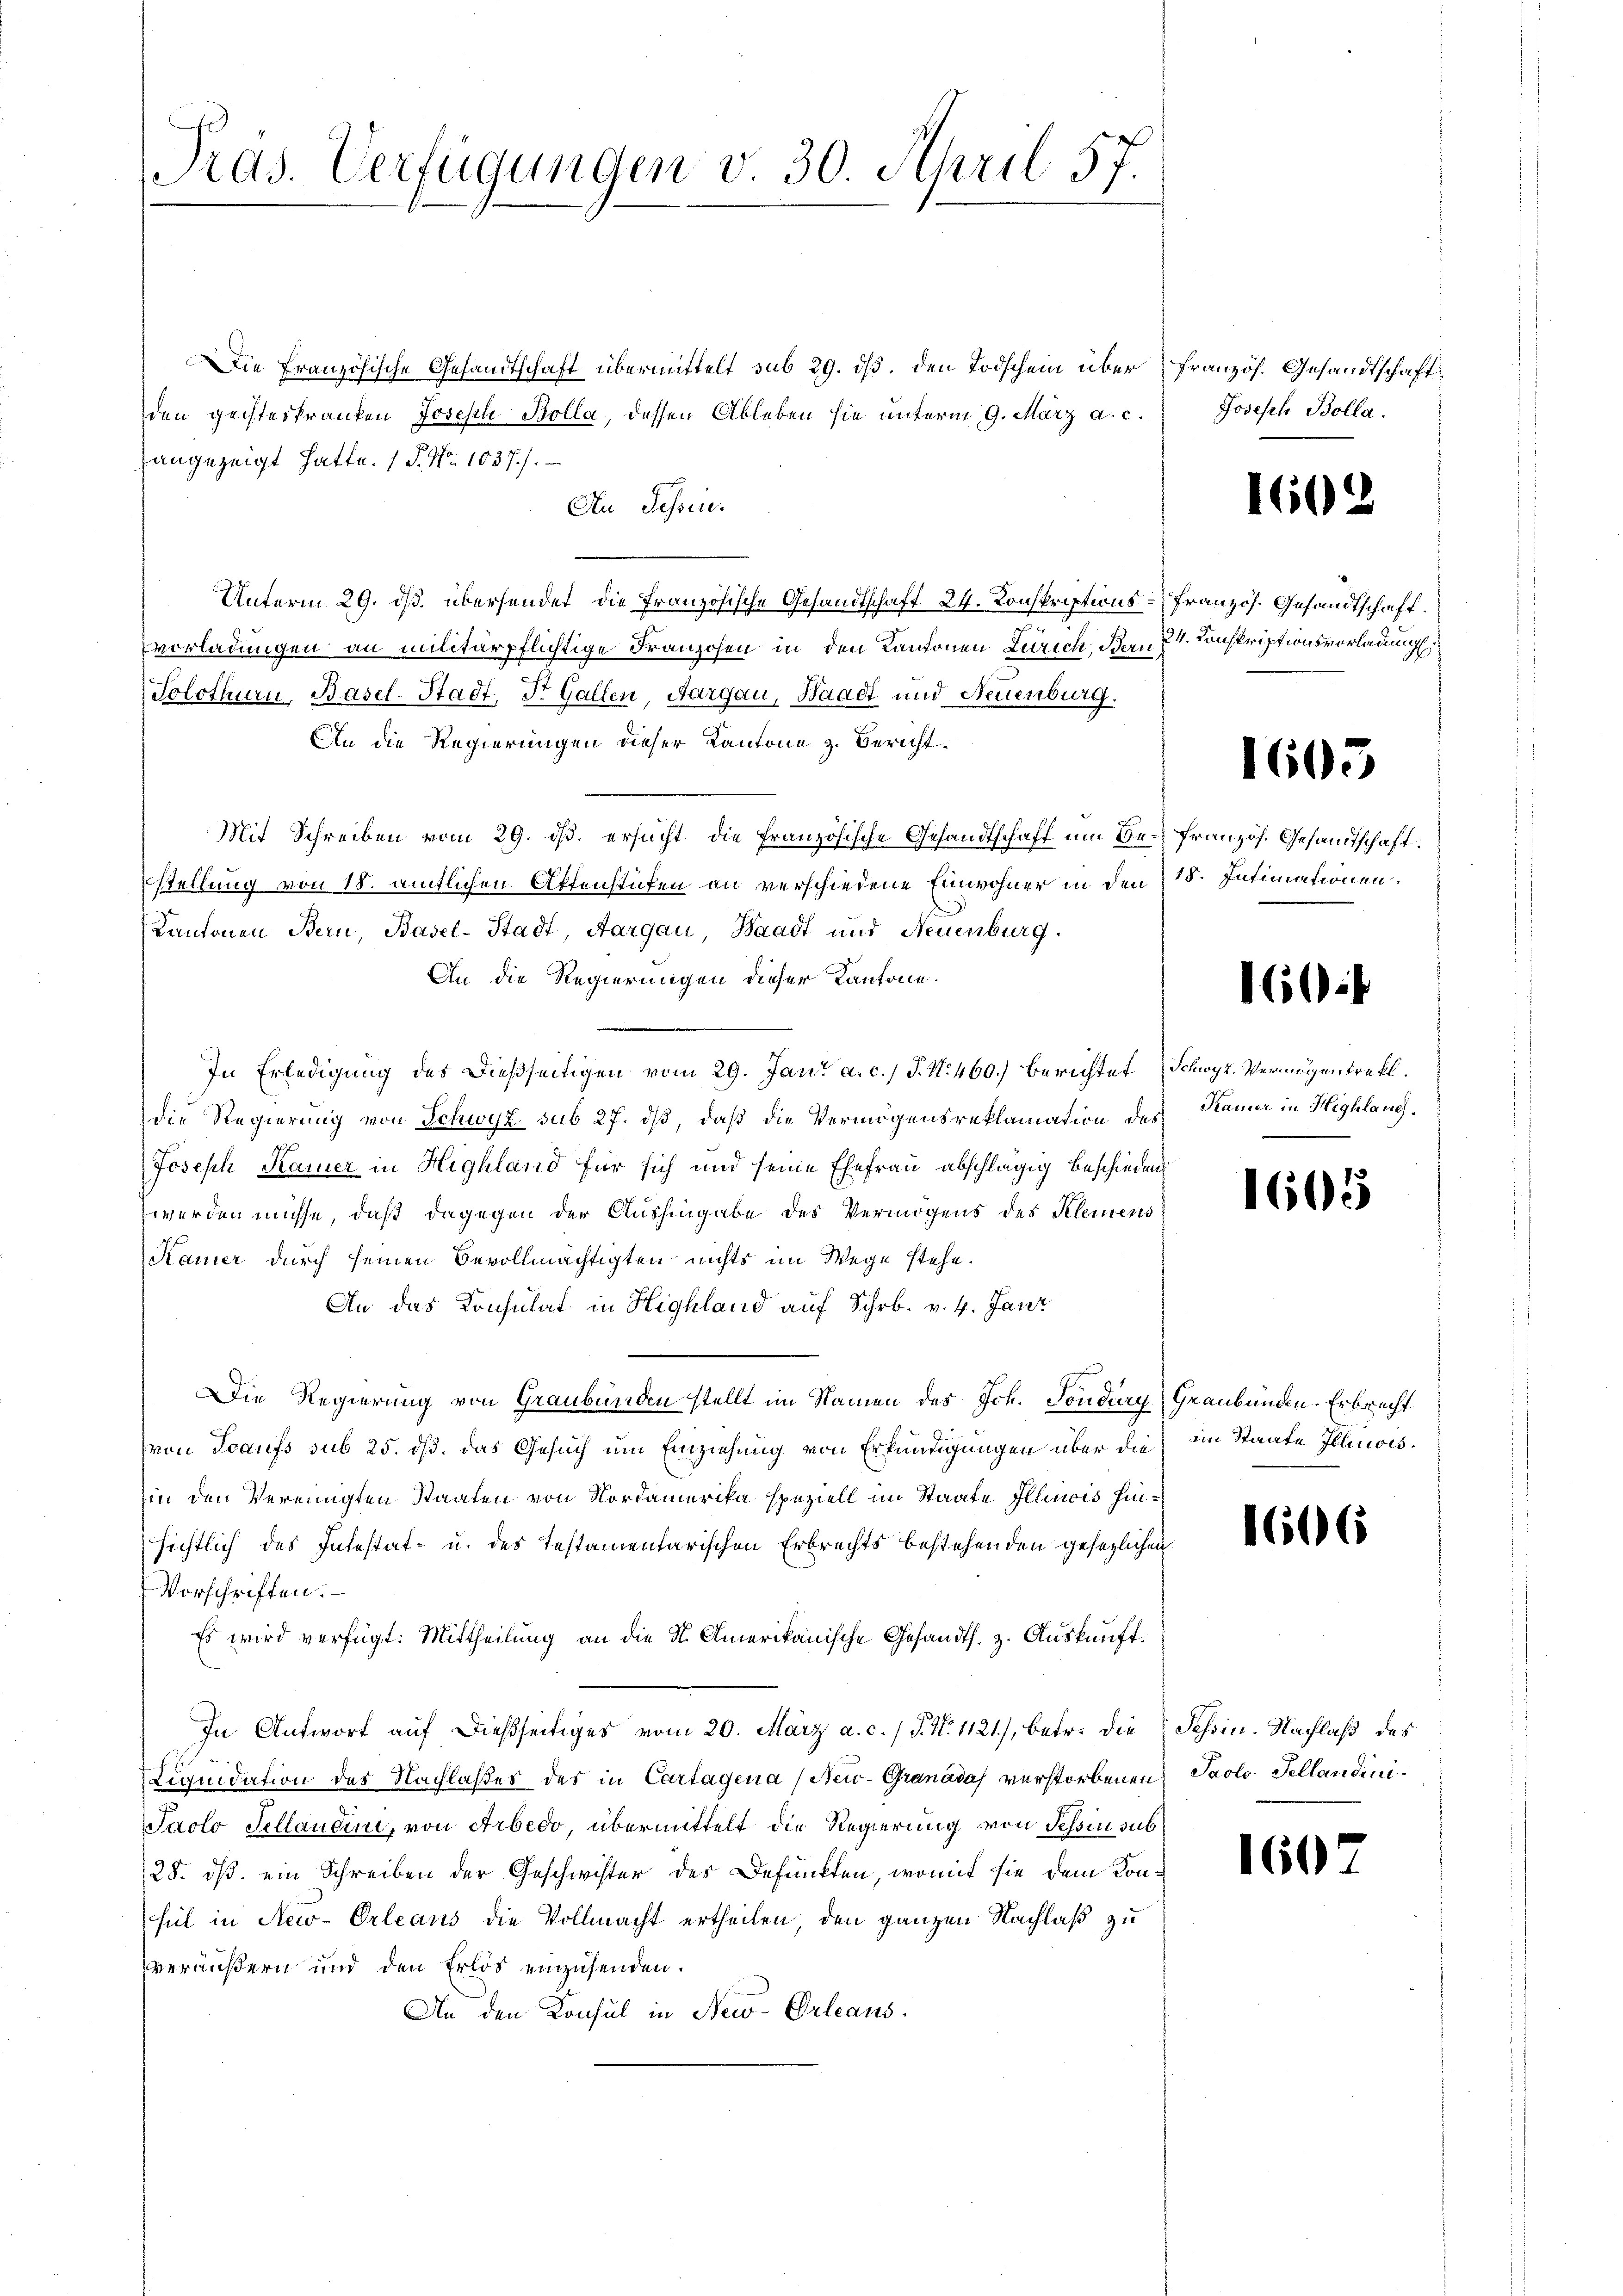
Pras. Verfügungen v. 30. April 57.

Die Französische Gesandtschaft übermittelt sub 29. ds. den Todschein über französ. Gesandtschaft
den geisteskranken Joseph Bolla, dessen Ableben sie unterm 9. März a. c.
angezeigt hatte. (S. Nr. 1037).
Au Sessen.
Unterm 29. ds. übersendet die Französische Gesandtschaft 24. Konskriptions-Französ. Gesandtschaft.
vorladungen an militärpflichtige Franzosen in den Kantonen Zürich, Bern 24. Conskriptionsverladung
Solothurn, Basel-Stadt, Dr. Gallen, Aargau, Waadt und Neuenburg.
An die Regierungen dieser Kantone z. Bericht.
Mit Schreiben vom 29. ds. ersucht die französische Gesandtschaff um Be- französ. Gesandtschaft
stellung von 18. amtlichen Aktenstücken an verschiedene Einwohner in den 18. Intimationen.
Kantonen Bern, Basel-Stadt, Aargau, Waadt und Neuenburg.
An die Regierungen dieser Kantone.
In Erledigung des dießseitigen vom 29. Jani a. c. J. N. 460.) berichtet Schwyz. Vermögenstraft.
die Regierung von Schwyz sub 27. dβ, daß die Vermögensreklamation des Kamer in Highlauch
Joseph Kamer in Highland für sich und seine Ehefrau abschlägig beschieden
werden müsse, daß dagegen der Aushingabe des Vermögens des Kleinens
Kamer durch seinen Bevollmächtigten nichts im Wege stehe.
An das Konsulat in Highland auf Schr. v. 4. Janr
Die Regierung von Graubünden stellt im Namen des Joh. Sonding Graubünden. Erbrecht
von Teaufs sub 25. dß. das Gesuch um Einziehung von Erkundigungen über die im Staate Illinoiszin den Vereinigten Staaten von Nordamerika speziell im Staate Illinois Hinsichtlich des Intestat- u. des testamentarischen Erbrechts bestehenden gesezlichen
Vorschriften.
Es wird verfügt: Mittheilung an die St. Amerikanische Gesandts. z. Auskunft¬
In Antwort auf dießseitiges vom 20. März a. c. / P. N. 1121), betr. die Schein. Nachlaß des
e
Liquidation des Nachlaßes des in Cartagena (Nei-Granadas verstorbenen Paolo Tellandini¬
Jaolo Sellaudini, von Arbedo, übermittelt die Regierung von Tessin sub
28. ds. ein Schreiben der Geschwister des Defunkten, womit sie dem Konsul in New-Orleans die Vollmacht ertheilen, den ganzen Nachlaß zu
veräußern und den Erlös einzusenden.
An den Konsul in New-Orleaus.

Joseph Bolla.

1602

1605

160

1605

1606

160